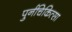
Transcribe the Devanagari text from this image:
पुर्नचिकित्सा